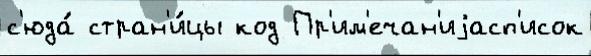
с'юда́ стран'и́цы код Пр'им'ечан'иjасп'исок